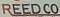
REED CO